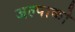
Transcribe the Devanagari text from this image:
जल्पाको